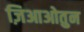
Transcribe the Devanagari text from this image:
ज़िआओतुन